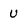
Character: U